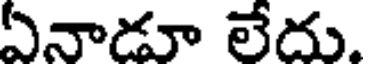
ఏనాడూ లేదు.